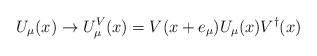
LaTeX: \begin{align*}U_{\mu } (x) \rightarrow U_{\mu }^{V} (x) = V (x + e_{\mu } ) U_{\mu } (x) V^{\dagger } (x)\end{align*}